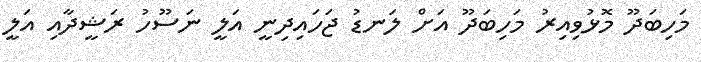
މަހިބަދޫ މޮޅުވިއިރު މަހިބަދޫ އަށް ލަނޑު ޖަހައިދިނީ އަލީ ނަސޫހު ރަޝީދާއި އަލީ